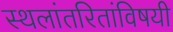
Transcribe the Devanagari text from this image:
स्थलांतरितांविषयी